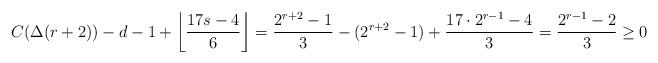
LaTeX: \begin{align*}C(\Delta(r+2))-d-1+\left\lfloor \frac{17s-4}{6} \right\rfloor = \frac{2^{r+2}-1}{3} - (2^{r+2}-1)+\frac{17 \cdot 2^{r-1} -4}{3}=\frac{2^{r-1}-2}{3} \geq 0\end{align*}